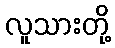
လူသားတို့